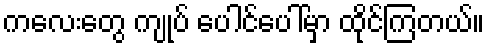
ကလေးတွေ ကျုပ် ပေါင်ပေါ်မှာ ထိုင်ကြတယ်။